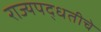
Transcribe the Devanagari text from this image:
राज्यपद्धतीचे